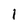
Character: I